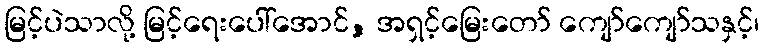
မြင့်ပဲသာလို့ မြင့်ရေးပေါ်အောင်, အရှင့်မြေးတော် ကျော်ကျော်သနှင့်၊